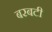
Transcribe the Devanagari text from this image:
बरबटी